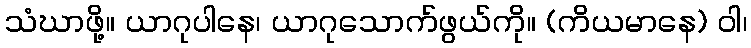
သံဃာဖို့။ ယာဂုပါနေ၊ ယာဂုသောက်ဖွယ်ကို။ (ကိယမာနေ) ဝါ၊